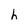
Character: h